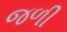
જળી